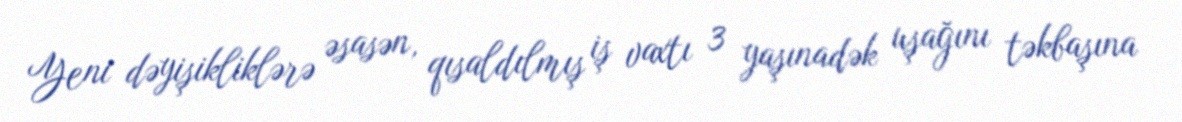
Yeni dəyişikliklərə əsasən, qısaldılmış iş vaxtı 3 yaşınadək uşağını təkbaşına